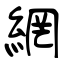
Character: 網